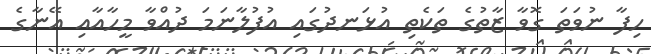
ހިފާ ނުވަތަ ގޮވާ ޒާތުގެ ތަކެތި އުޅަނދުގައި އުފުލާނަމަ ދުއްވާ މީހާއާއި އޭނާގެ